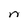
Character: n